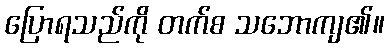
ပြောရသည်ကို တက်စ သဘောကျ၏။